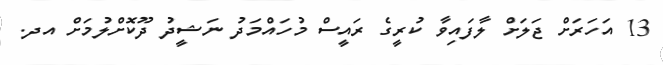
13 އަހަރަށް ޖަަލަށް ލާފައިވާ ކުރީގެ ރައީސް މުހައްމަދު ނަޝީދު ދޫކޮށްލުމަށް އދ.